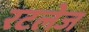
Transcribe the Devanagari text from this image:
रटलेज